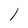
Character: l